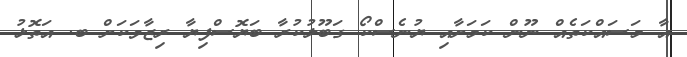
އާ މަސައްކަތެއް ނޫން ކަމަށާއި ޔުނެސްކޯ ގަބޫލުކުރާ ބަޔޮސްފިޔާ ރިޒާވަކަށް ބ. އަތޮޅު